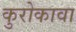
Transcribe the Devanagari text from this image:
कुरोकावा